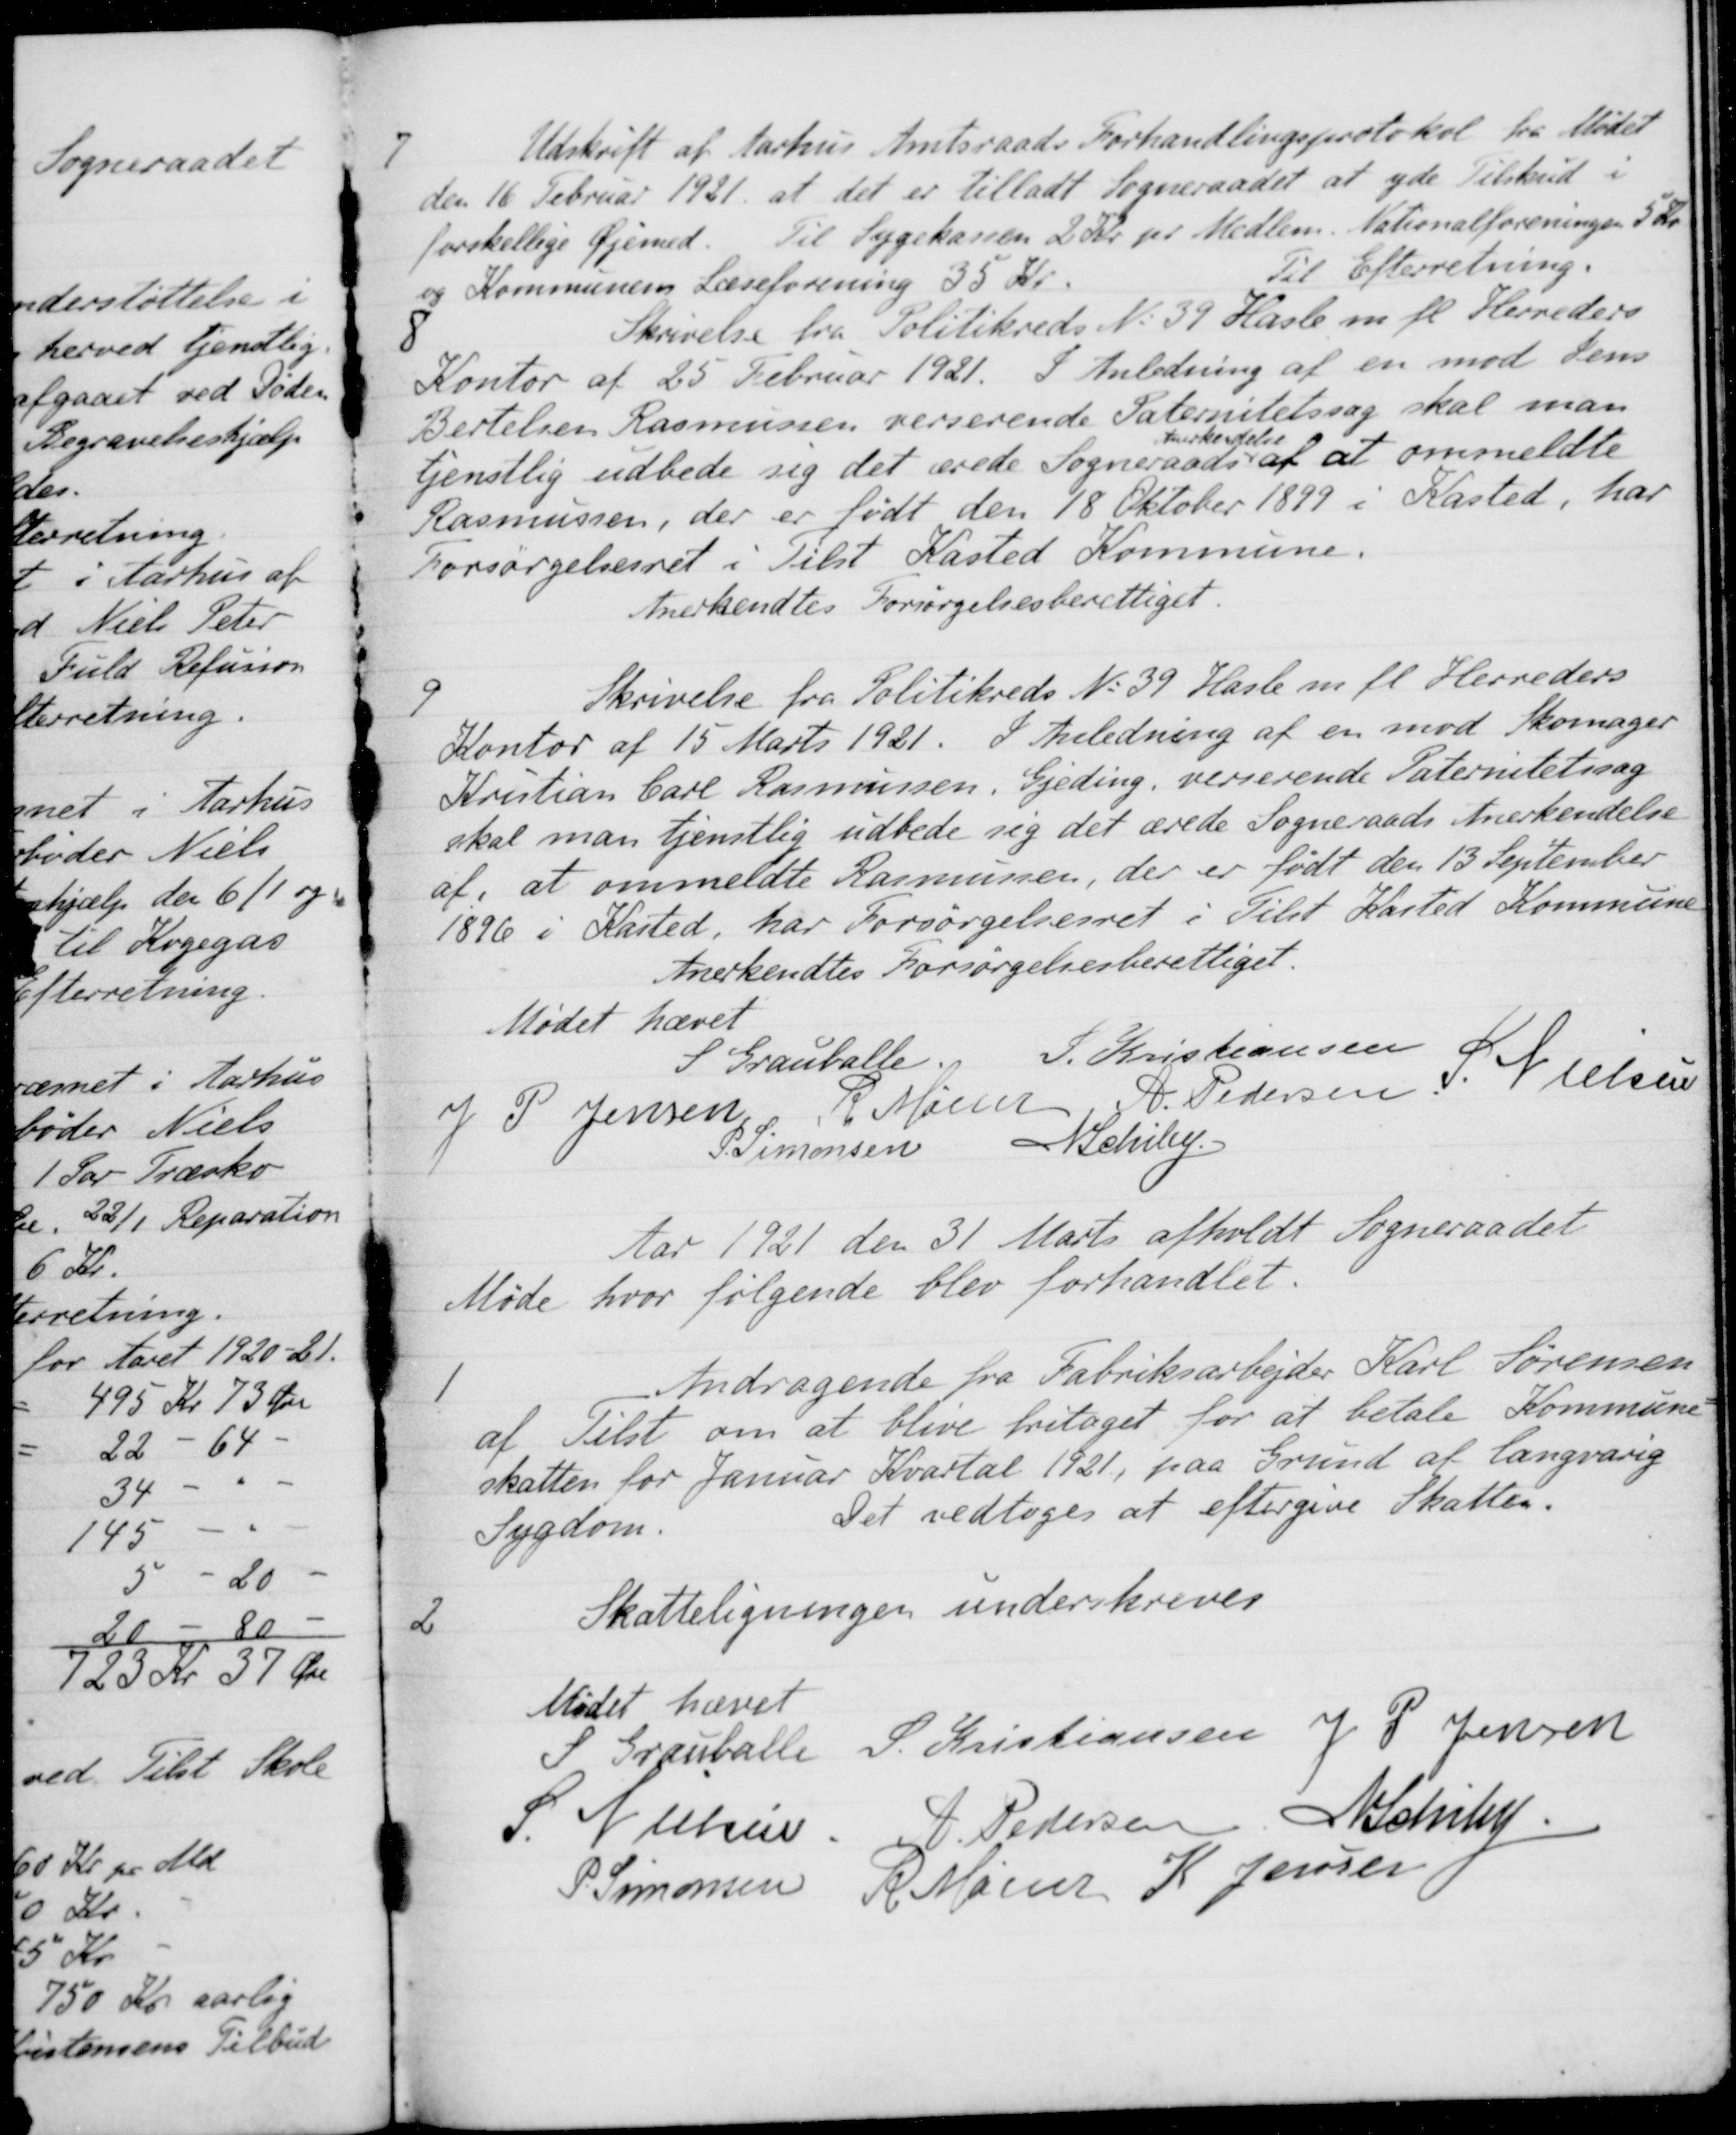
Transskription:
7
Udskrift af Aarhus Amtsraads Forhandlingsprotokol fra Mødet
den 16 Februar 1921 at det er tilladt Sogneraadet at yde Tilskud i
forskellige Øjemed. Til Sygekassen 2 Kr pr Medlem Nationalforeningen 5 Kr.
og Kommunens Læseforening 35 Kr.
Til Efterretning.
8
Skrivelse fra Politikreds No 39 Hasle m. fl. Herreders
Kontor af 25 Februar 1921. I Anledning af en mod Jens
Bertelsen Rasmussen verserende Paternitetssag skal man
tjenstlig udbede sig det ærede Sogneraads
Anderkendelse
af at ommeldte
Rasmussen, der er født den 18 Oktober 1899 i Kasted, har
Forsørgelsesret i Tilst Kasted Kommune.
Anerkendtes Forsørgelsesberettiget.
9
Skrivelse fra Politikreds No 39 Hasle m. fl. Herreders
Kontor af 15 Marts 1921. I Anledning af en mod Skomager
Kristian Carl Rasmussen, Gjeding, verserende Paternitetssag
skal man tjenstlig udbede sig det ærede Sogneraads Anerkendelse 
af, at ommeldte Rasmussen, der er født den 13 September
1896 i Kasted, har Forsørgelsesret i Tilst Kasted Kommune
Anerkendtes Forsørgelsesberettiget.
Mødet hævet
S Grauballe.
S. Kristiansen
J P. Jensen
R Mainz
P. Pedersen
S. Nielsen
P. Simonsen
A Schiby
Aar 1921 den 31 Marts afholdt Sogneraadet
Møde hvor følgende blev forhandlet.
1
Andragende fra Fabriksarbejder Karl Sørensen
af Tilst om at blive fritaget for at betale Kommune-
skatten for Januar Kvartal 1921, paa Grund af langvarig
Sygdom.
Det vedtoges at eftergive Skatter.
2
Skatteligningen underskreves
Mødet hævet
S Grauballe
S. Kristiansen
J. P. Jensen
S. Nielsen
P. Pedersen
A. Schiby
P. Simonsen
R. Mainz
K. Jensen